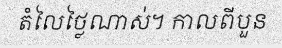
តំលៃថ្លៃណាស់។ កាលពីបួន